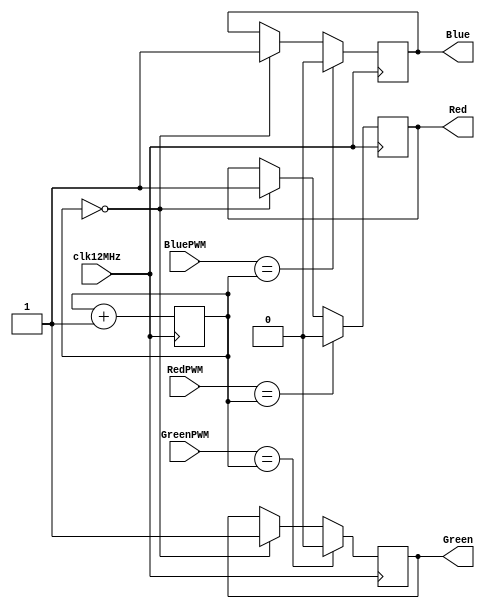
/*
 *  
 *  Copyright(C) 2018 Gerald Coe, Devantech Ltd <gerry@devantech.co.uk>
 * 
 *  Permission to use, copy, modify, and/or distribute this software for any purpose with or
 *  without fee is hereby granted, provided that the above copyright notice and 
 *  this permission notice appear in all copies.
 * 
 *  THE SOFTWARE IS PROVIDED "AS IS" AND THE AUTHOR DISCLAIMS ALL WARRANTIES WITH REGARD TO
 *  THIS SOFTWARE INCLUDING ALL IMPLIED WARRANTIES OF MERCHANTABILITY AND FITNESS. 
 *  IN NO EVENT SHALL THE AUTHOR BE LIABLE FOR ANY SPECIAL, DIRECT, INDIRECT, OR CONSEQUENTIAL 
 *  DAMAGES OR ANY DAMAGES WHATSOEVER RESULTING FROM LOSS OF USE, DATA OR PROFITS, WHETHER IN
 *  AN ACTION OF CONTRACT, NEGLIGENCE OR OTHER TORTIOUS ACTION, ARISING OUT OF OR IN 
 *  CONNECTION WITH THE USE OR PERFORMANCE OF THIS SOFTWARE.
 * 
 */
 


module LedStrip (
	input clk12MHz,
	input [7:0] RedPWM,
	input [7:0] GreenPWM,
	input [7:0] BluePWM,
	output reg Red,
	output reg Green,
	output reg Blue 
	);

	reg [7:0] timer;
	
	always @ (posedge clk12MHz) begin
		timer <= timer+1;
		if(RedPWM==timer) Red <= 1'b0;
		else if(timer==8'b0) Red <= 1'b1;
		else Red <= Red;

		if(GreenPWM==timer) Green <= 1'b0;
		else if(timer==8'b0) Green <= 1'b1;
		else Green <= Green;

		if(BluePWM==timer) Blue <= 1'b0;
		else if(timer==8'b0) Blue <= 1'b1;
		else Blue <= Blue;
	end

endmodule